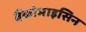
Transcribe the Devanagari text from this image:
वैंकोमाइसिन